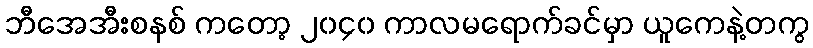
ဘီအေအီးစနစ် ကတော့ ၂၀၄၀ ကာလမရောက်ခင်မှာ ယူကေနဲ့တကွ